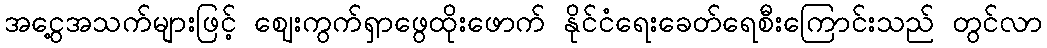
အငွေ့အသက်များဖြင့် ဈေးကွက်ရှာဖွေထိုးဖောက် နိုင်ငံရေးခေတ်ရေစီးကြောင်းသည် တွင်လာ